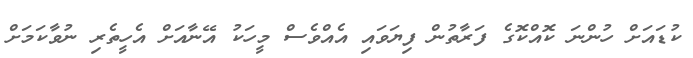
ކުޑައަށް ހުންނަ ކޮއްކޮގެ ފަރާތުން ފިޔަވައި އެއްްވެސް މީހަކު އޭނާއަށް އެހީތެރި ނުވާކަމަށް